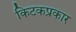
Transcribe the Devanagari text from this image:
किटकप्रकार